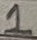
Text: 1